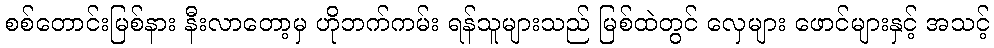
စစ်တောင်းမြစ်နား နီးလာတော့မှ ဟိုဘက်ကမ်း ရန်သူများသည် မြစ်ထဲတွင် လှေများ ဖောင်များနှင့် အသင့်